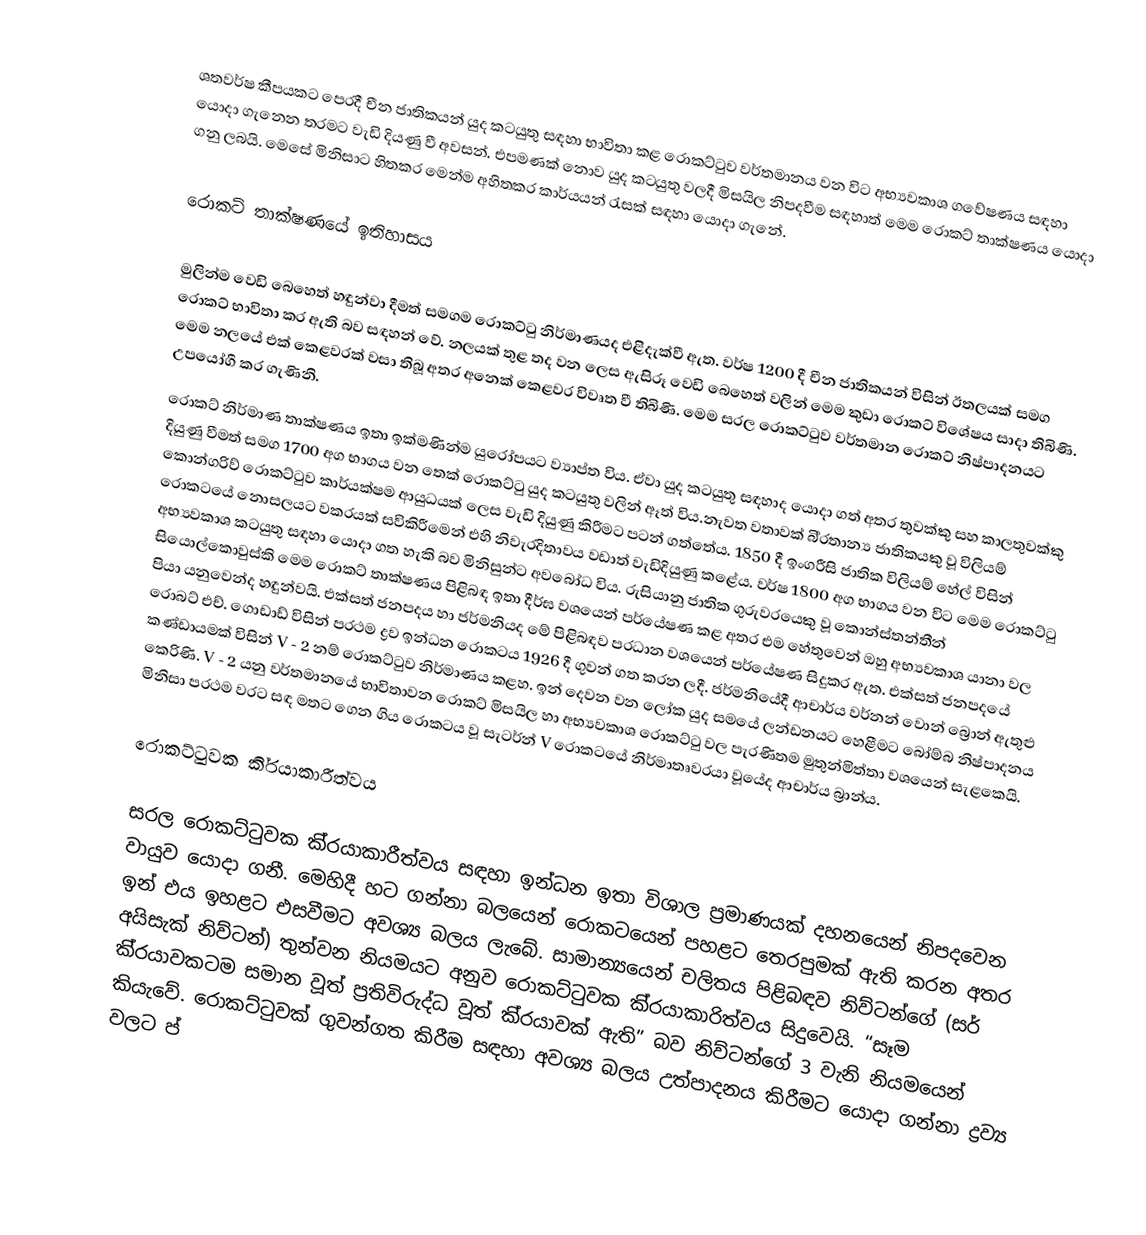
ශතවර්ෂ කීපයකට පෙරදී චීන ජාතිකයන් යුද කටයුතු සඳහා භාවිතා කළ රොකට්ටුව වර්තමානය වන විට අභ්‍යවකාශ ගවේෂණය සඳහා යොදා ගැනෙන තරමට වැඩි දියණු වී අවසන්. එපමණක් නොව යුද කටයුතු වලදී මිසයිල නිපදවීම සඳහාත් මෙම රොකට් තාක්ෂණය යොදා ගනු ලබයි. මෙසේ මිනිසාට හිතකර මෙන්ම අහිතකර කාර්යයන් රැසක් සඳහා යොදා ගැනේ.

රොකට් තාක්ෂණයේ ඉතිහාසය

මුලින්ම වෙඩි බෙහෙත් හඳුන්වා දීමත් සමගම රොකට්ටු නිර්මාණයද එළිදැක්වී ඇත. වර්ෂ 1200 දී චීන ජාතිකයන් විසින් ඊතලයක් සමග රොකට් භාවිතා කර ඇති බව සඳහන් වේ. නලයක් තුළ තද වන ලෙස ඇසිරූ වෙඩි බෙහෙත් වලින් මෙම කුඩා රොකට් විශේෂය සාදා තිබිණි. මෙම නලයේ එක් කෙළවරක් වසා තිබූ අතර අනෙක් කෙළවර විවෘත වී තිබිණි. මෙම සරල රොකට්ටුව වර්තමාන රොකට් නිෂ්පාදනයට උපයෝගී කර ගැණිනි.
රොකට් නිර්මාණ තාක්ෂණය ඉතා ඉක්මණින්ම යුරෝපයට ව්‍යාප්ත විය. ඒවා යුද කටයුතු සඳහාද යොදා ගත් අතර තුවක්කු සහ කාලතුවක්කු දියුණු වීමත් සමග 1700 අග භාගය වන තෙක් රොකට්ටු යුද කටයුතු වලින් ඈත් විය.නැවත වතාවක් බි‍්‍රතාන්‍ය ජාතිකයකු වූ විලියම් කොන්ග‍්‍රිව් රොකට්ටුව කාර්යක්ෂම ආයුධයක් ලෙස වැඩි දියුණු කිරීමට පටන් ගත්තේය. 1850 දී ඉංග‍්‍රීසි ජාතික විලියම් හේල් විසින් රොකටයේ නොසලයට වක‍්‍රයක් සවිකිරීමෙන් එහි නිවැරදිතාවය වඩාත් වැඩිදියුණු කළේය. වර්ෂ 1800 අග භාගය වන විට මෙම රොකට්ටු අභ්‍යවකාශ කටයුතු සඳහා යොදා ගත හැකි බව මිනිසුන්ට අවබෝධ විය. රුසියානු ජාතික ගුරුවරයෙකු වූ කොන්ස්තන්තීන් සියොල්කොවුස්කි මෙම රොකට් තාක්ෂණය පිළිබඳ ඉතා දීර්ඝ වශයෙන් පර්යේෂණ කළ අතර එම හේතුවෙන් ඔහු අභ්‍යවකාශ යානා වල පියා යනුවෙන්ද හඳුන්වයි. එක්සත් ජනපදය හා ජර්මනියද මේ පිළිබඳව ප‍්‍රධාන වශයෙන් පර්යේෂණ සිදුකර ඇත. එක්සත් ජනපදයේ රොබට් එච්. ගොඩාඩ් විසින් ප‍්‍රථම ද්‍රව ඉන්ධන රොකටය 1926 දී ගුවන් ගත කරන ලදී. ජර්මනියේදී ආචාර්ය වර්නන් වොන් බ්‍රොන් ඇතුළු කණ්ඩායමක් විසින්  V - 2 නම් රොකට්ටුව නිර්මාණය කළහ. ඉන් දෙවන වන ලෝක යුද සමයේ ලන්ඩනයට හෙළීමට බෝම්බ නිෂ්පාදනය කෙරිණි. V - 2 යනු වර්තමානයේ භාවිතාවන රොකට් මිසයිල හා අභ්‍යවකාශ රොකට්ටු වල පැරණිතම මුතුන්මිත්තා වශයෙන් සැළකෙයි. මිනිසා ප‍්‍රථම වරට සඳ මතට ගෙන ගිය රොකටය වූ සැටර්න් V රොකටයේ නිර්මාතෘවරයා වූයේද ආචාර්ය බ්‍රාන්ය.

රොකට්ටුවක කි‍්‍රයාකාරීත්වය

සරල රොකට්ටුවක කි‍්‍රයාකාරීත්වය සඳහා ඉන්ධන ඉතා විශාල ප‍්‍රමාණයක් දහනයෙන් නිපදවෙන වායුව යොදා ගනී. මෙහිදී හට ගන්නා බලයෙන් රොකටයෙන් පහළට තෙරපුමක් ඇති කරන අතර ඉන් එය ඉහළට එසවීමට අවශ්‍ය බලය ලැබේ. සාමාන්‍යයෙන් චලිතය පිළිබඳව නිව්ටන්ගේ (සර් අයිසැක් නිව්ටන්) තුන්වන නියමයට අනුව රොකට්ටුවක කි‍්‍රයාකාරිත්වය සිදුවෙයි. “සෑම කි‍්‍රයාවකටම සමාන වූත් ප‍්‍රතිවිරුද්ධ වූත් කි‍්‍රයාවක් ඇති” බව නිව්ටන්ගේ 3 වැනි නියමයෙන් කියැවේ. රොකට්ටුවක් ගුවන්ගත කිරීම සඳහා අවශ්‍ය බලය උත්පාදනය කිරීමට යොදා ගන්නා ද්‍රව්‍ය වලට ප‍්